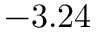
- 3 . 2 4